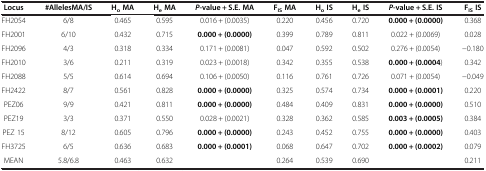
<table><thead><tr><td><b>Locus</b></td><td><b>#AllelesMA/IS</b></td><td><b>H<sub>o </sub>MA</b></td><td><b>H<sub>e </sub>MA</b></td><td><b><i>P</i>-value + S.E. MA</b></td><td><b>F<sub>IS </sub>MA</b></td><td><b>H<sub>o </sub>IS</b></td><td><b>H<sub>e </sub>IS</b></td><td><b><i>P</i>-value + S.E. IS</b></td><td><b>F<sub>IS </sub>IS</b></td></tr></thead><tbody><tr><td>FH2054</td><td>6/8</td><td>0.465</td><td>0.595</td><td>0.016 + (0.0035)</td><td>0.220</td><td>0.456</td><td>0.720</td><td><b>0.000 + (0.0000)</b></td><td>0.368</td></tr><tr><td>FH2001</td><td>6/10</td><td>0.432</td><td>0.715</td><td><b>0.000 + (0.0000)</b></td><td>0.399</td><td>0.789</td><td>0.811</td><td>0.022 + (0.0069)</td><td>0.028</td></tr><tr><td>FH2096</td><td>4/3</td><td>0.318</td><td>0.334</td><td>0.171 + (0.0081)</td><td>0.047</td><td>0.592</td><td>0.502</td><td>0.276 + (0.0054)</td><td>-0.180</td></tr><tr><td>FH2010</td><td>3/6</td><td>0.211</td><td>0.319</td><td>0.023 + (0.0018)</td><td>0.342</td><td>0.355</td><td>0.538</td><td><b>0.000 + (0.0004</b>)</td><td>0.342</td></tr><tr><td>FH2088</td><td>5/5</td><td>0.614</td><td>0.694</td><td>0.106 + (0.0050)</td><td>0.116</td><td>0.761</td><td>0.726</td><td>0.071 + (0.0054)</td><td>-0.049</td></tr><tr><td>FH2422</td><td>8/7</td><td>0.561</td><td>0.828</td><td><b>0.000 + (0.0000)</b></td><td>0.325</td><td>0.574</td><td>0.734</td><td><b>0.000 + (0.0001)</b></td><td>0.220</td></tr><tr><td>PEZ06</td><td>9/9</td><td>0.421</td><td>0.811</td><td><b>0.000 + (0.0000)</b></td><td>0.484</td><td>0.409</td><td>0.831</td><td><b>0.000 + (0.0000)</b></td><td>0.510</td></tr><tr><td>PEZ19</td><td>3/3</td><td>0.371</td><td>0.550</td><td>0.028 + (0.0021)</td><td>0.328</td><td>0.362</td><td>0.585</td><td><b>0.003 + (0.0005)</b></td><td>0.384</td></tr><tr><td>PEZ 15</td><td>8/12</td><td>0.605</td><td>0.796</td><td><b>0.000 + (0.0000)</b></td><td>0.243</td><td>0.452</td><td>0.755</td><td><b>0.000 + (0.0000)</b></td><td>0.403</td></tr><tr><td>FH3725</td><td>6/5</td><td>0.636</td><td>0.683</td><td><b>0.000 + (0.0001)</b></td><td>0.068</td><td>0.647</td><td>0.702</td><td><b>0.000 + (0.0002)</b></td><td>0.079</td></tr><tr><td>MEAN</td><td>5.8/6.8</td><td>0.463</td><td>0.632</td><td> </td><td>0.264</td><td>0.539</td><td>0.690</td><td> </td><td>0.211</td></tr></tbody></table>